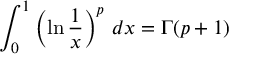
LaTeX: \int _ { 0 } ^ { 1 } \left( \ln { \frac { 1 } { x } } \right) ^ { p } \, d x = \Gamma ( p + 1 )